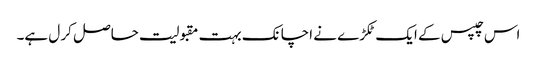
اس چپس کے ایک ٹکڑے نے اچانک بہت مقبولیت حاصل کر ل ہے۔